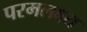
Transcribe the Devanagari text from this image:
परमलक्ष्य